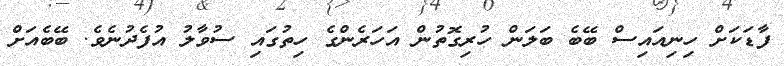
ފާޑަކަށް ހިނިއައިސް ބޭބެ ބަލަން ހުރިގޮތުން އަހަރެންގެ ހިތުގައި ސުވާލު އުފެދުނެވެ. ބޭބެއަށް